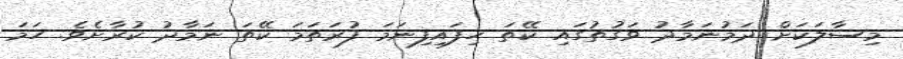
މިސާލަކަށް ދަމުނަމާދު ވަގުތުގައި ކޭތަ ހިފައިފިނަމަ ފުރަތަމަ ކޭތަ ނަމާދު ކުރާށެވެ. ހަމަ